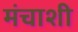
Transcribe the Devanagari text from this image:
मंचाशी